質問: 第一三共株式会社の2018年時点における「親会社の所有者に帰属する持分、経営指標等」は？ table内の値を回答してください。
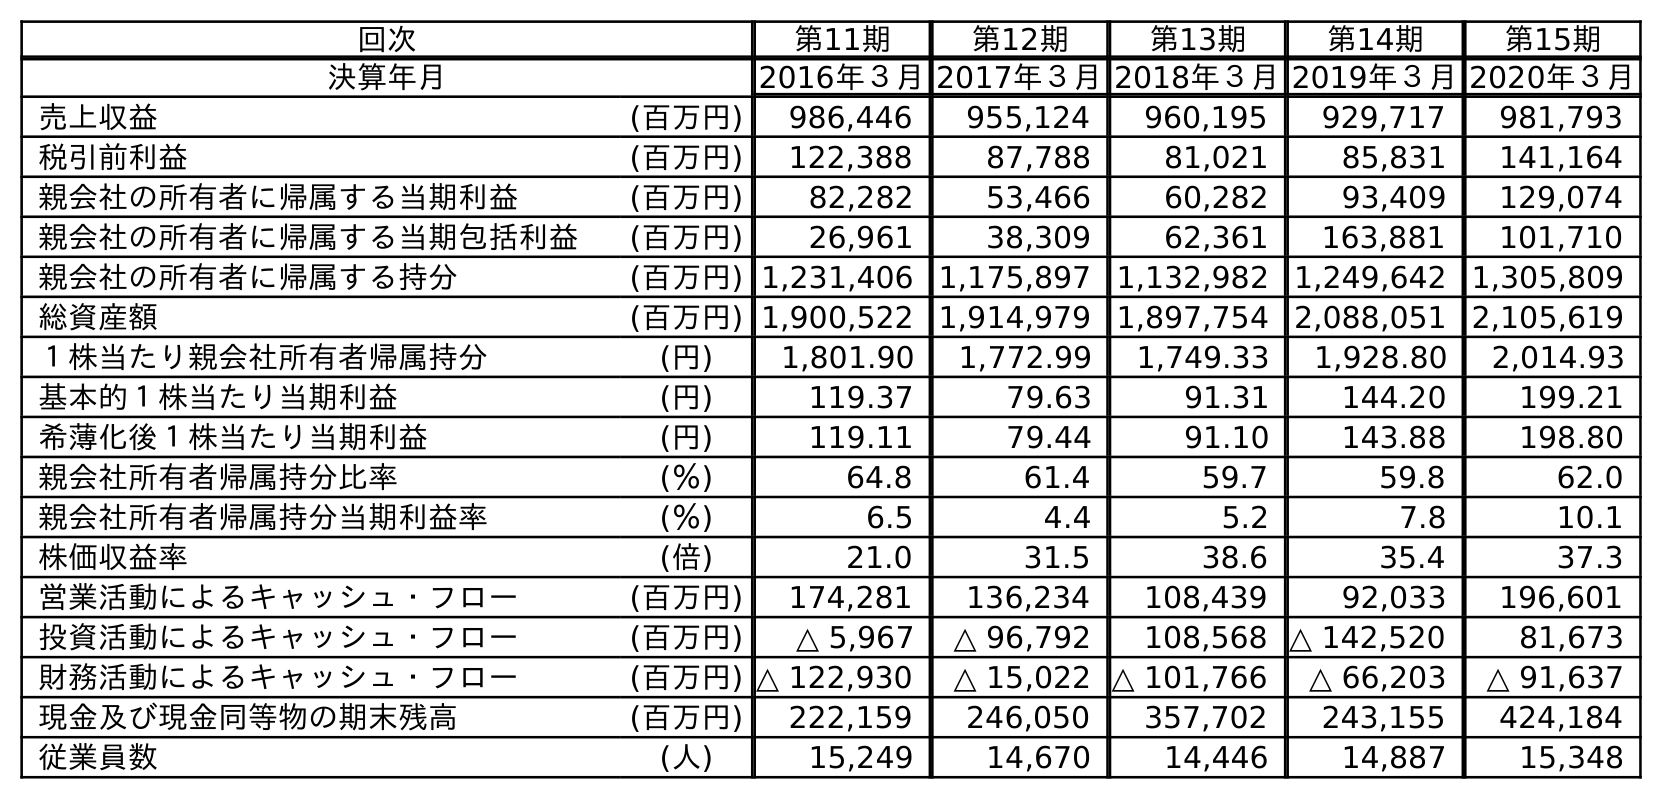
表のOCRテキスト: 回次 第11期 第12期 第13期 第14期 第15期 決算年月 2016年３月2017年３月2018年３月2019年３月2020年３月 売上収益 (百万円) 986,446 955,124 960,195 929,717 981,793 税引前利益 (百万円) 122,388 87,788 81,021 85,831 141,164 親会社の所有者に帰属する当期利益 (百万円) 82,282 53,466 60,282 93,409 129,074 親会社の所有者に帰属する当期包括利益 (百万円) 26,961 38,309 62,361 163,881 101,710 親会社の所有者に帰属する持分 (百万円) 1,231,406 1,175,897 1,132,982 1,249,642 1,305,809 総資産額 (百万円) 1,900,522 1,914,979 1,897,754 2,088,051 2,105,619 １株当たり親会社所有者帰属持分 (円) 1,801.90 1,772.99 1,749.33 1,928.80 2,014.93 基本的１株当たり当期利益 (円) 119.37 79.63 91.31 144.20 199.21 希薄化後１株当たり当期利益 (円) 119.11 79.44 91.10 143.88 198.80 親会社所有者帰属持分比率 (％) 64.8 61.4 59.7 59.8 62.0 親会社所有者帰属持分当期利益率 (％) 6.5 4.4 5.2 7.8 10.1 株価収益率 (倍) 21.0 31.5 38.6 35.4 37.3 営業活動によるキャッシュ・フロー (百万円) 174,281 136,234 108,439 92,033 196,601 投資活動によるキャッシュ・フロー (百万円) △ 5,967 △ 96,792 108,568 △ 142,520 81,673 財務活動によるキャッシュ・フロー (百万円) △ 122,930 △ 15,022 △ 101,766 △ 66,203 △ 91,637 現金及び現金同等物の期末残高 (百万円) 222,159 246,050 357,702 243,155 424,184 従業員数 (人) 15,249 14,670 14,446 14,887 15,348
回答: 1,132,982